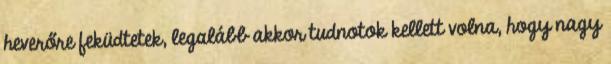
heverőre feküdtetek, legalább akkor tudnotok kellett volna, hogy nagy